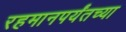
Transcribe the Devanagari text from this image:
रहमानपर्यंतच्या